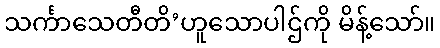
သင်္ကာသေတီတိ’ဟူသောပါဌ်ကို မိန့်သော်။